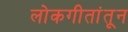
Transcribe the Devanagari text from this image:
लोकगीतांतून